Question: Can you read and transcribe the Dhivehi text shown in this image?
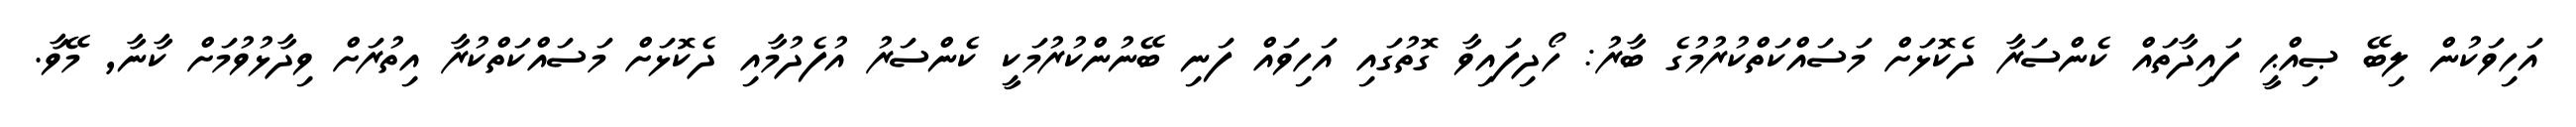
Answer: އަހިވަކުން ލިބޭ ޞިއްޙީ ފައިދާތައް ކެންސަރާ ދެކޮޅަށް މަސައްކަތްކުރުމުގެ ބާރު: ހޯދިފައިވާ ގޮތުގައި އަހިވައް ފަނި ބޭނުންކުރުމަކީ ކެންސަރު އުފެދުމާއި ދެކޮޅަށް މަސައްކަތްކުރާ އިތުރަށް ވިދާޅުވުމަށް ކާނާ, މޭވާ.